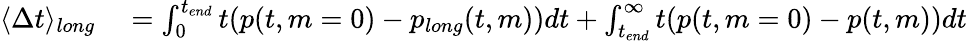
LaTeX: \begin{array}{rl}{\langle\Delta t\rangle_{long}}&{{}=\int_{0}^{t_{end}}t(p(t,m=0)-p_{long}(t,m))dt+\int_{t_{end}}^{\infty}t(p(t,m=0)-p(t,m))dt}\end{array}